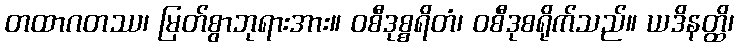
တထာဂတဿ၊ မြတ်စွာဘုရားအား။ ဝစီဒုစ္စရိတံ၊ ဝစီဒုစရိုက်သည်။ ယဒိနတ္ထိ၊